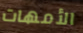
الأمهات